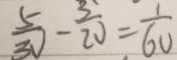
\frac { 5 } { 3 V } - \frac { 3 } { 2 0 } = \frac { 1 } { 6 0 }